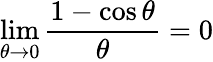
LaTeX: \operatorname*{lim}_{\theta\to 0}{\frac{1-\cos\theta}{\theta}}=0